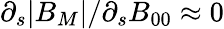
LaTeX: \partial_{s}|B_{M}|/\partial_{s}B_{00}\approx 0